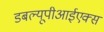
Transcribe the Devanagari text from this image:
डबल्यूपीआईएक्स